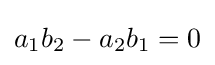
a_{1}b_{2}-a_{2}b_{1}=0